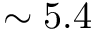
\sim 5 . 4